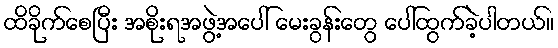
ထိခိုက်စေပြီး အစိုးရအဖွဲ့အပေါ် မေးခွန်းတွေ ပေါ်ထွက်ခဲ့ပါတယ်။